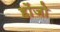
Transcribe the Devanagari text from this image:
होंजो